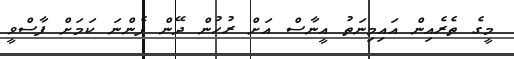
މީގެ ތެރެއިން އައިމިނަތު އީނާސް އަށް ރުހުން ދޭން ފެންނަ ކަމަށް ފާސްވީ